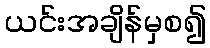
ယင်းအချိန်မှစ၍